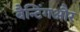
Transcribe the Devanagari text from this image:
बैन्टिंगऔर